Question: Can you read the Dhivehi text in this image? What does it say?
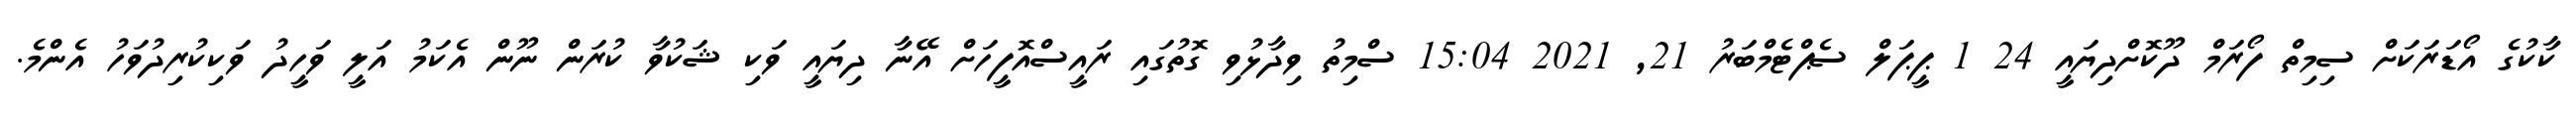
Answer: ކާކުގެ އޯޑަރަކަށް ސިމިތް ފޯރަމް ދޫކޮށްދިޔައީ 24 1 ޕީޕަލް ސެޕްޓެމްބަރު 21, 2021 15:04 ސްމިތު ވިދާޅުވި ގޮތުގައި ރައީސްއޮފީހަށް އޭނާ ދިޔައީ ވަކި ޝަކުވާ ކުރަން ނޫން އެކަމު އަލީ ވަހީދު ވަކިކުރިދުވަހު އެންމެ.